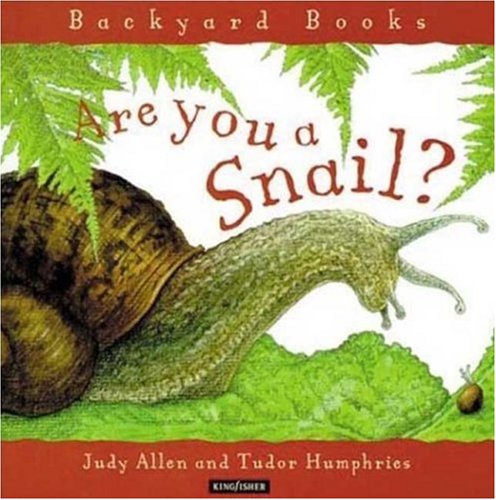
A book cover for Are You a Snail? (Backyard Books); Judy Allen; Children's Books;